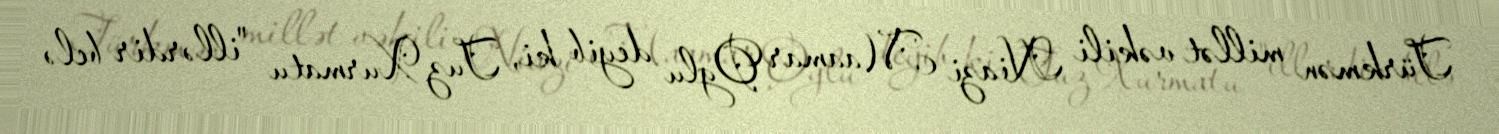
Türkmən millət vəkili Niazi Maamar Oglu deyib ki, Tuz Xurmatu "illərdir belə